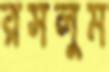
রসলুম